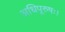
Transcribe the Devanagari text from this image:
अधिपूरुषः।